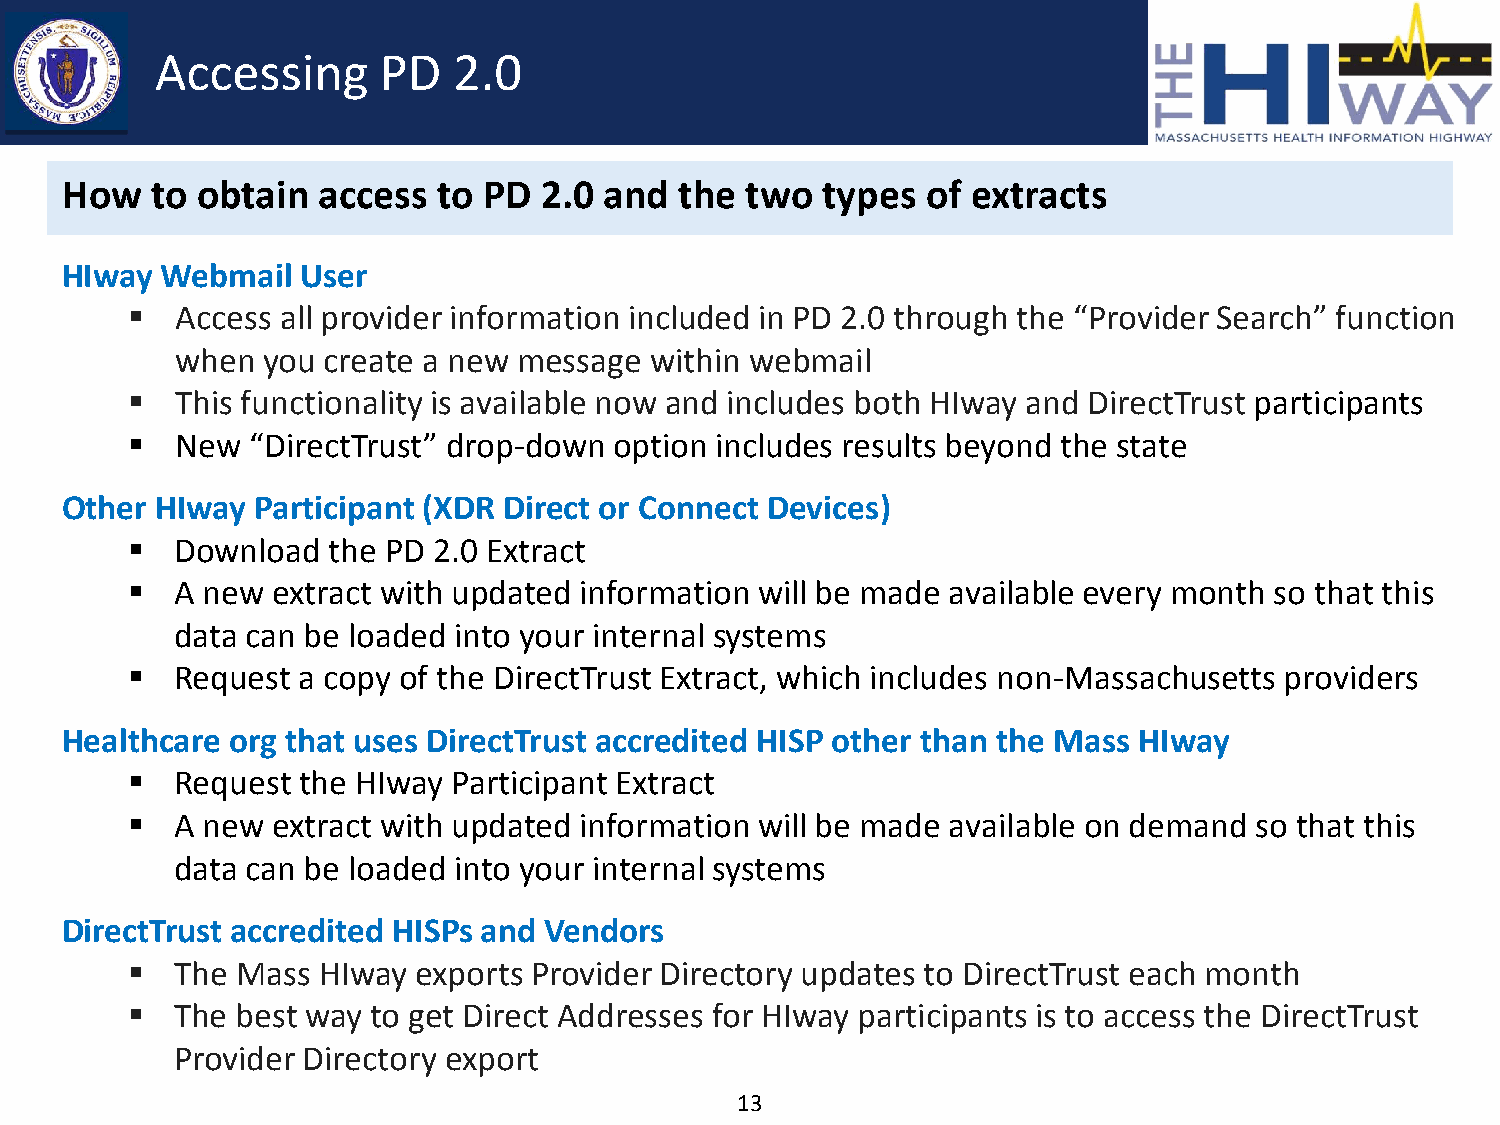
Accessing      PD   2.0
 How   to obtain  access  to PD  2.0 and  the two  types  of extracts
 HIway  Webmail  User
    Access all provider information included in PD 2.0 through the “Provider Search” function
 when you create a new message  within webmail
    This functionality is available now and includes both HIway and DirectTrust participants
    New “DirectTrust” drop-down  option includes results beyond the state
 Other HIway  Participant (XDR Direct or Connect Devices)
    Download  the PD 2.0 Extract
    A new extract with updated information will be made available every month so that this
 data can be loaded into your internal systems
    Request a copy of the DirectTrust Extract, which includes non-Massachusetts providers
 Healthcare org that uses DirectTrust accredited HISP other than the Mass HIway
    Request the HIway Participant Extract
    A new extract with updated information will be made available on demand so that this
 data can be loaded into your internal systems
 DirectTrust accredited HISPs and Vendors
    The Mass HIway exports Provider Directory updates to DirectTrust each month
    The best way to get Direct Addresses for HIway participants is to access the DirectTrust
 Provider Directory export
 13